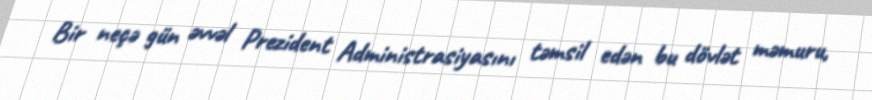
Bir neçə gün əvvəl Prezident Administrasiyasını təmsil edən bu dövlət məmuru,